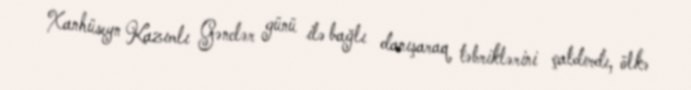
Xanhüseyn Kazımlı Gənclər günü ilə bağlı danışaraq təbriklərini çatdırdı, ölkə